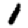
Digit: 1